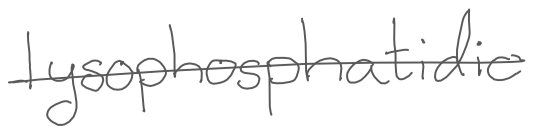
Text: lysophosphatidic
Cross-out: single-line
Writing tool: digital_gray